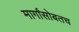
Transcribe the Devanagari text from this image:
मार्गांसोबतच